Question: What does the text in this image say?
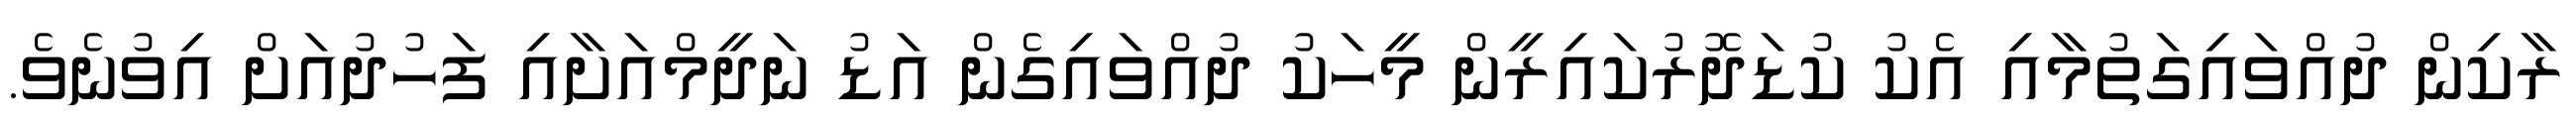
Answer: ރާކިން ދުއްވައިގަތުމާއި އެކު ކުޑަދޮރުކައިރީން މީހަކު ދުއްވައިގެން އަޑު ނަދީމްއަށާއި ފަހުދުއަށް އިވުނެވެ.